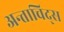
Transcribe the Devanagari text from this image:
अन्ताचिद्स